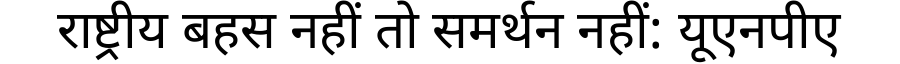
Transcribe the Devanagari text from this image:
राष्ट्रीय बहस नहीं तो समर्थन नहीं: यूएनपीए